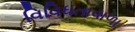
વિવિધતાવાળા